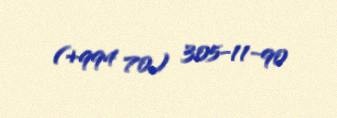
(+994 70) 305-11-90